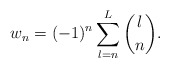
\begin{align*}w_n = (-1)^n \sum_{l=n}^{L} \binom{l}{n}.\end{align*}